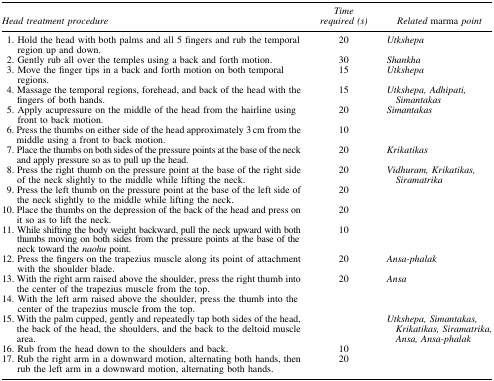
| Head treatment procedure | Time required (s) | Related marma point |
 | --- | --- | --- |
 | 1. Hold the head with both palms and all 5 fingers and rub the temporal region up and down. | 20 | Utkshepa |
 | 2. Gently rub all over the temples using a back and forth motion. | 30 | Shankha |
 | 3. Move the finger tips in a back and forth motion on both temporal regions. | 15 | Utkshepa |
 | 4. Massage the temporal regions, forehead, and back of the head with the fingers of both hands. | 15 | Utkshepa, Adhipati, Simantakas |
 | 5. Apply acupressure on the middle of the head from the hairline using front to back motion. | 20 | Simantakas |
 | 6. Press the thumbs on either side of the head approximately 3 cm from the middle using a front to back motion. | 10 |  |
 | 7. Place the thumbs on both sides of the pressure points at the base of the neck and apply pressure so as to pull up the head. | 20 | Krikatikas |
 | 8. Press the right thumb on the pressure point at the base of the right side of the neck slightly to the middle while lifting the neck. | 20 | Vidhuram, Krikatikas, Siramatrika |
 | 9. Press the left thumb on the pressure point at the base of the left side of the neck slightly to the middle while lifting the neck. | 20 |  |
 | 10. Place the thumbs on the depression of the back of the head and press on it so as to lift the neck. | 20 |  |
 | 11. While shifting the body weight backward, pull the neck upward with both thumbs moving on both sides from the pressure points at the base of the neck toward the naohu point. | 10 |  |
 | 12. Press the fingers on the trapezius muscle along its point of attachment with the shoulder blade. | 20 | Ansa-phalak |
 | 13. With the right arm raised above the shoulder, press the right thumb into the center of the trapezius muscle from the top. | 20 | Ansa |
 | 14. With the left arm raised above the shoulder, press the thumb into the center of the trapezius muscle from the top. |  |  |
 | 15. With the palm cupped, gently and repeatedly tap both sides of the head, the back of the head, the shoulders, and the back to the deltoid muscle area. |  | Utkshepa, Simantakas, Krikatikas, Siramatrika, Ansa, Ansa-phalak |
 | 16. Rub from the head down to the shoulders and back. | 10 |  |
 | 17. Rub the right arm in a downward motion, alternating both hands, then rub the left arm in a downward motion, alternating both hands. | 20 |  |